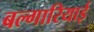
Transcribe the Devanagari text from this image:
बल्गारियाई